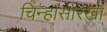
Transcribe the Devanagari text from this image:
चिन्हासारखा